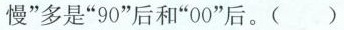
(3(1)2016~2018年，中国农村居民出境游人数的增长幅度明显高于城镇居民出境游人数的增长幅度，0”后和”80”后比较有条件走出国门石世界)中国民众出境游选择”生活体验慢慢慢”多是”90”后和”0材料三中，三幅图代表了中国民众出境游的三种主要类型。请结合材料二、三，预测在接下来的五年中，这三种类型中哪一种预测在中国民众出境游的主要趋势，并简述你的理(3分